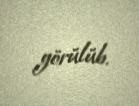
görülüb.